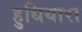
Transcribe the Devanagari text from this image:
हुधियारा